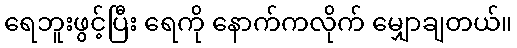
ရေဘူးဖွင့်ပြီး ရေကို နောက်ကလိုက် မျှောချတယ်။